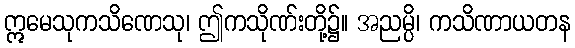
ဣမေသုကသိဏေသု၊ ဤကသိုဏ်းတို့၌။ အညမ္ပိ၊ ကသိဏာယတန